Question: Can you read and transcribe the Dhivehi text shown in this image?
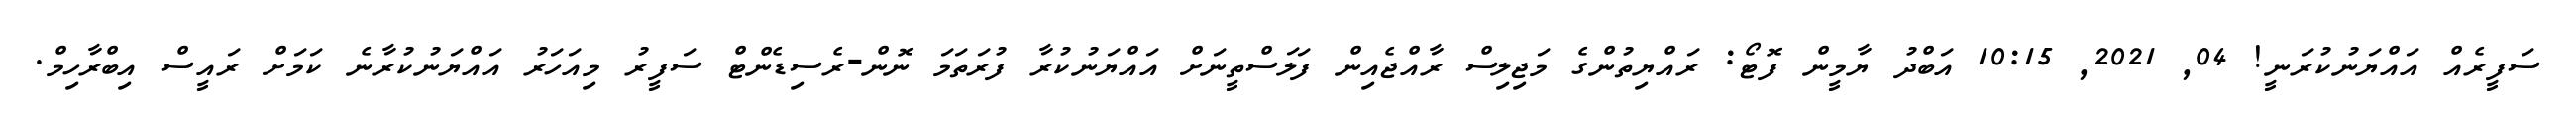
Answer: ސަފީރެއް އައްޔަނުކުރަނީ! 04, 2021, 10:15 އަބްދު ޔާމީން ފޮޓޯ: ރައްޔިތުންގެ މަޖިލިސް ރާއްޖެއިން ފަލަސްތީނަށް އައްޔަނުކުރާ ފުރަތަމަ ނޮން-ރެސިޑެންޓް ސަފީރު މިއަހަރު އައްޔަނުކުރާނެ ކަމަށް ރައީސް އިބްރާހިމް.